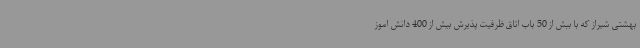
بهشتی شیراز که با ببش از 50 باب اتاق ظرفیت پذیرش بیش از 400 دانش اموز